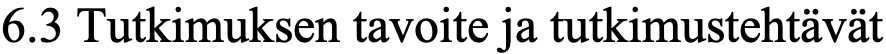
6.3 Tutkimuksen tavoite ja tutkimustehtävät